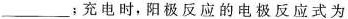
___；充电时，阳极反应的电极反应式为